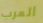
العرب